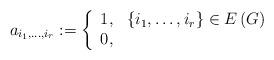
LaTeX: \begin{align*}a_{i_{1},\ldots,i_{r}}:=\left\{\begin{array}[c]{ll}1, & \left\{ i_{1},\ldots,i_{r}\right\} \in E\left( G\right)\\0, & \end{array}\right. \end{align*}